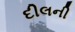
દીલની